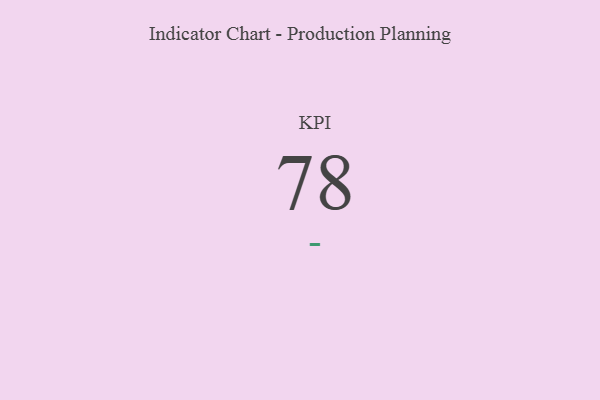
{"axis": {"x": "KPI", "y": "Value"}, "legend": [""], "data": [{"x": "KPI", "y": 78, "type": ""}]}